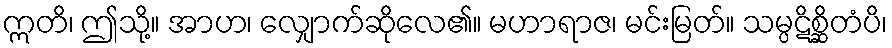
ဣတိ၊ ဤသို့။ အာဟ၊ လျှောက်ဆိုလေ၏။ မဟာရာဇ၊ မင်းမြတ်။ သမ္ပဋိစ္ဆိတံပိ၊